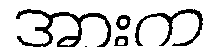
အားက